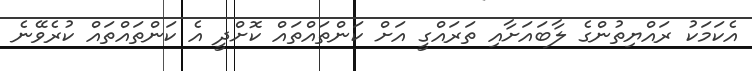
އެކަމަކު ރައްޔިތުންގެ ލާބައަށާއި ތަރައްގީ އަށް ކަންތައްތައް ކޮށްދީ އެ ކަންތައްތައް ކުރެވޭނެ